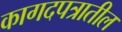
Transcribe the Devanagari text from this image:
कागदपत्रातील